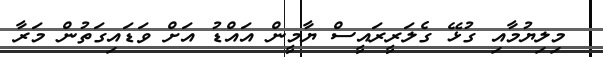
މިލިޔުމާއި ގުޅޭ ގެލަރީރަައީސް ޔާމީން އައްޑު އަށް ވަޑައިގަތުން މަރާ